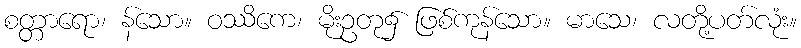
စတ္တာရော၊ န်သော။ ဝဿိကေ၊ မိုးဥတု၌ ဖြစ်ကုန်သော။ မာသေ၊ လတို့ပတ်လုံး။